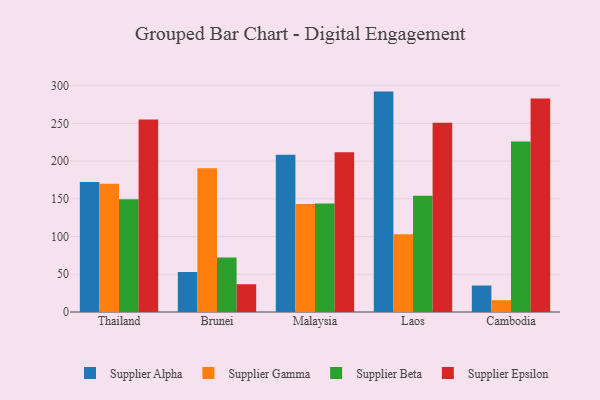
{"axis": {"x": "Country", "y": "LTV (USD)"}, "legend": ["Supplier Alpha", "Supplier Beta", "Supplier Epsilon", "Supplier Gamma"], "data": [{"x": "Thailand", "y": 172.4, "type": "Supplier Alpha"}, {"x": "Thailand", "y": 170.1, "type": "Supplier Gamma"}, {"x": "Thailand", "y": 149.6, "type": "Supplier Beta"}, {"x": "Thailand", "y": 255.3, "type": "Supplier Epsilon"}, {"x": "Brunei", "y": 53.0, "type": "Supplier Alpha"}, {"x": "Brunei", "y": 190.5, "type": "Supplier Gamma"}, {"x": "Brunei", "y": 72.3, "type": "Supplier Beta"}, {"x": "Brunei", "y": 36.8, "type": "Supplier Epsilon"}, {"x": "Malaysia", "y": 208.6, "type": "Supplier Alpha"}, {"x": "Malaysia", "y": 143.2, "type": "Supplier Gamma"}, {"x": "Malaysia", "y": 143.8, "type": "Supplier Beta"}, {"x": "Malaysia", "y": 211.9, "type": "Supplier Epsilon"}, {"x": "Laos", "y": 292.2, "type": "Supplier Alpha"}, {"x": "Laos", "y": 103.0, "type": "Supplier Gamma"}, {"x": "Laos", "y": 154.1, "type": "Supplier Beta"}, {"x": "Laos", "y": 250.9, "type": "Supplier Epsilon"}, {"x": "Cambodia", "y": 35.1, "type": "Supplier Alpha"}, {"x": "Cambodia", "y": 15.6, "type": "Supplier Gamma"}, {"x": "Cambodia", "y": 225.9, "type": "Supplier Beta"}, {"x": "Cambodia", "y": 282.9, "type": "Supplier Epsilon"}]}